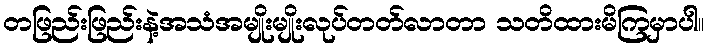
တဖြည်းဖြည်းနဲ့အသံအမျိုးမျိုးလုပ်တတ်လာတာ သတိထားမိကြမှာပါ။